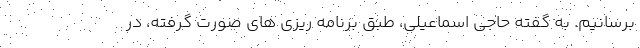
برسانیم. به گفته حاجی اسماعیلی، طبق برنامه ریزی های صورت گرفته، در